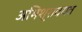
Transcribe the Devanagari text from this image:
अभिश्रावयव